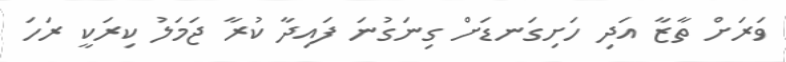
ވަރަށް ތާޒާ އަދި ހަށިގަނޑަށް ގިނަގުނަ ފައިދާ ކުރާ ޖަމަލު ކިރަކީ ރަހަ